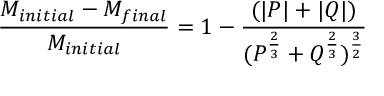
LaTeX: { \frac { M _ { i n i t i a l } - M _ { f i n a l } } { M _ { i n i t i a l } } } = 1 - { \frac { ( | P | + | Q | ) } { ( P ^ { \frac { 2 } { 3 } } + Q ^ { \frac { 2 } { 3 } } ) ^ { \frac { 3 } { 2 } } } }